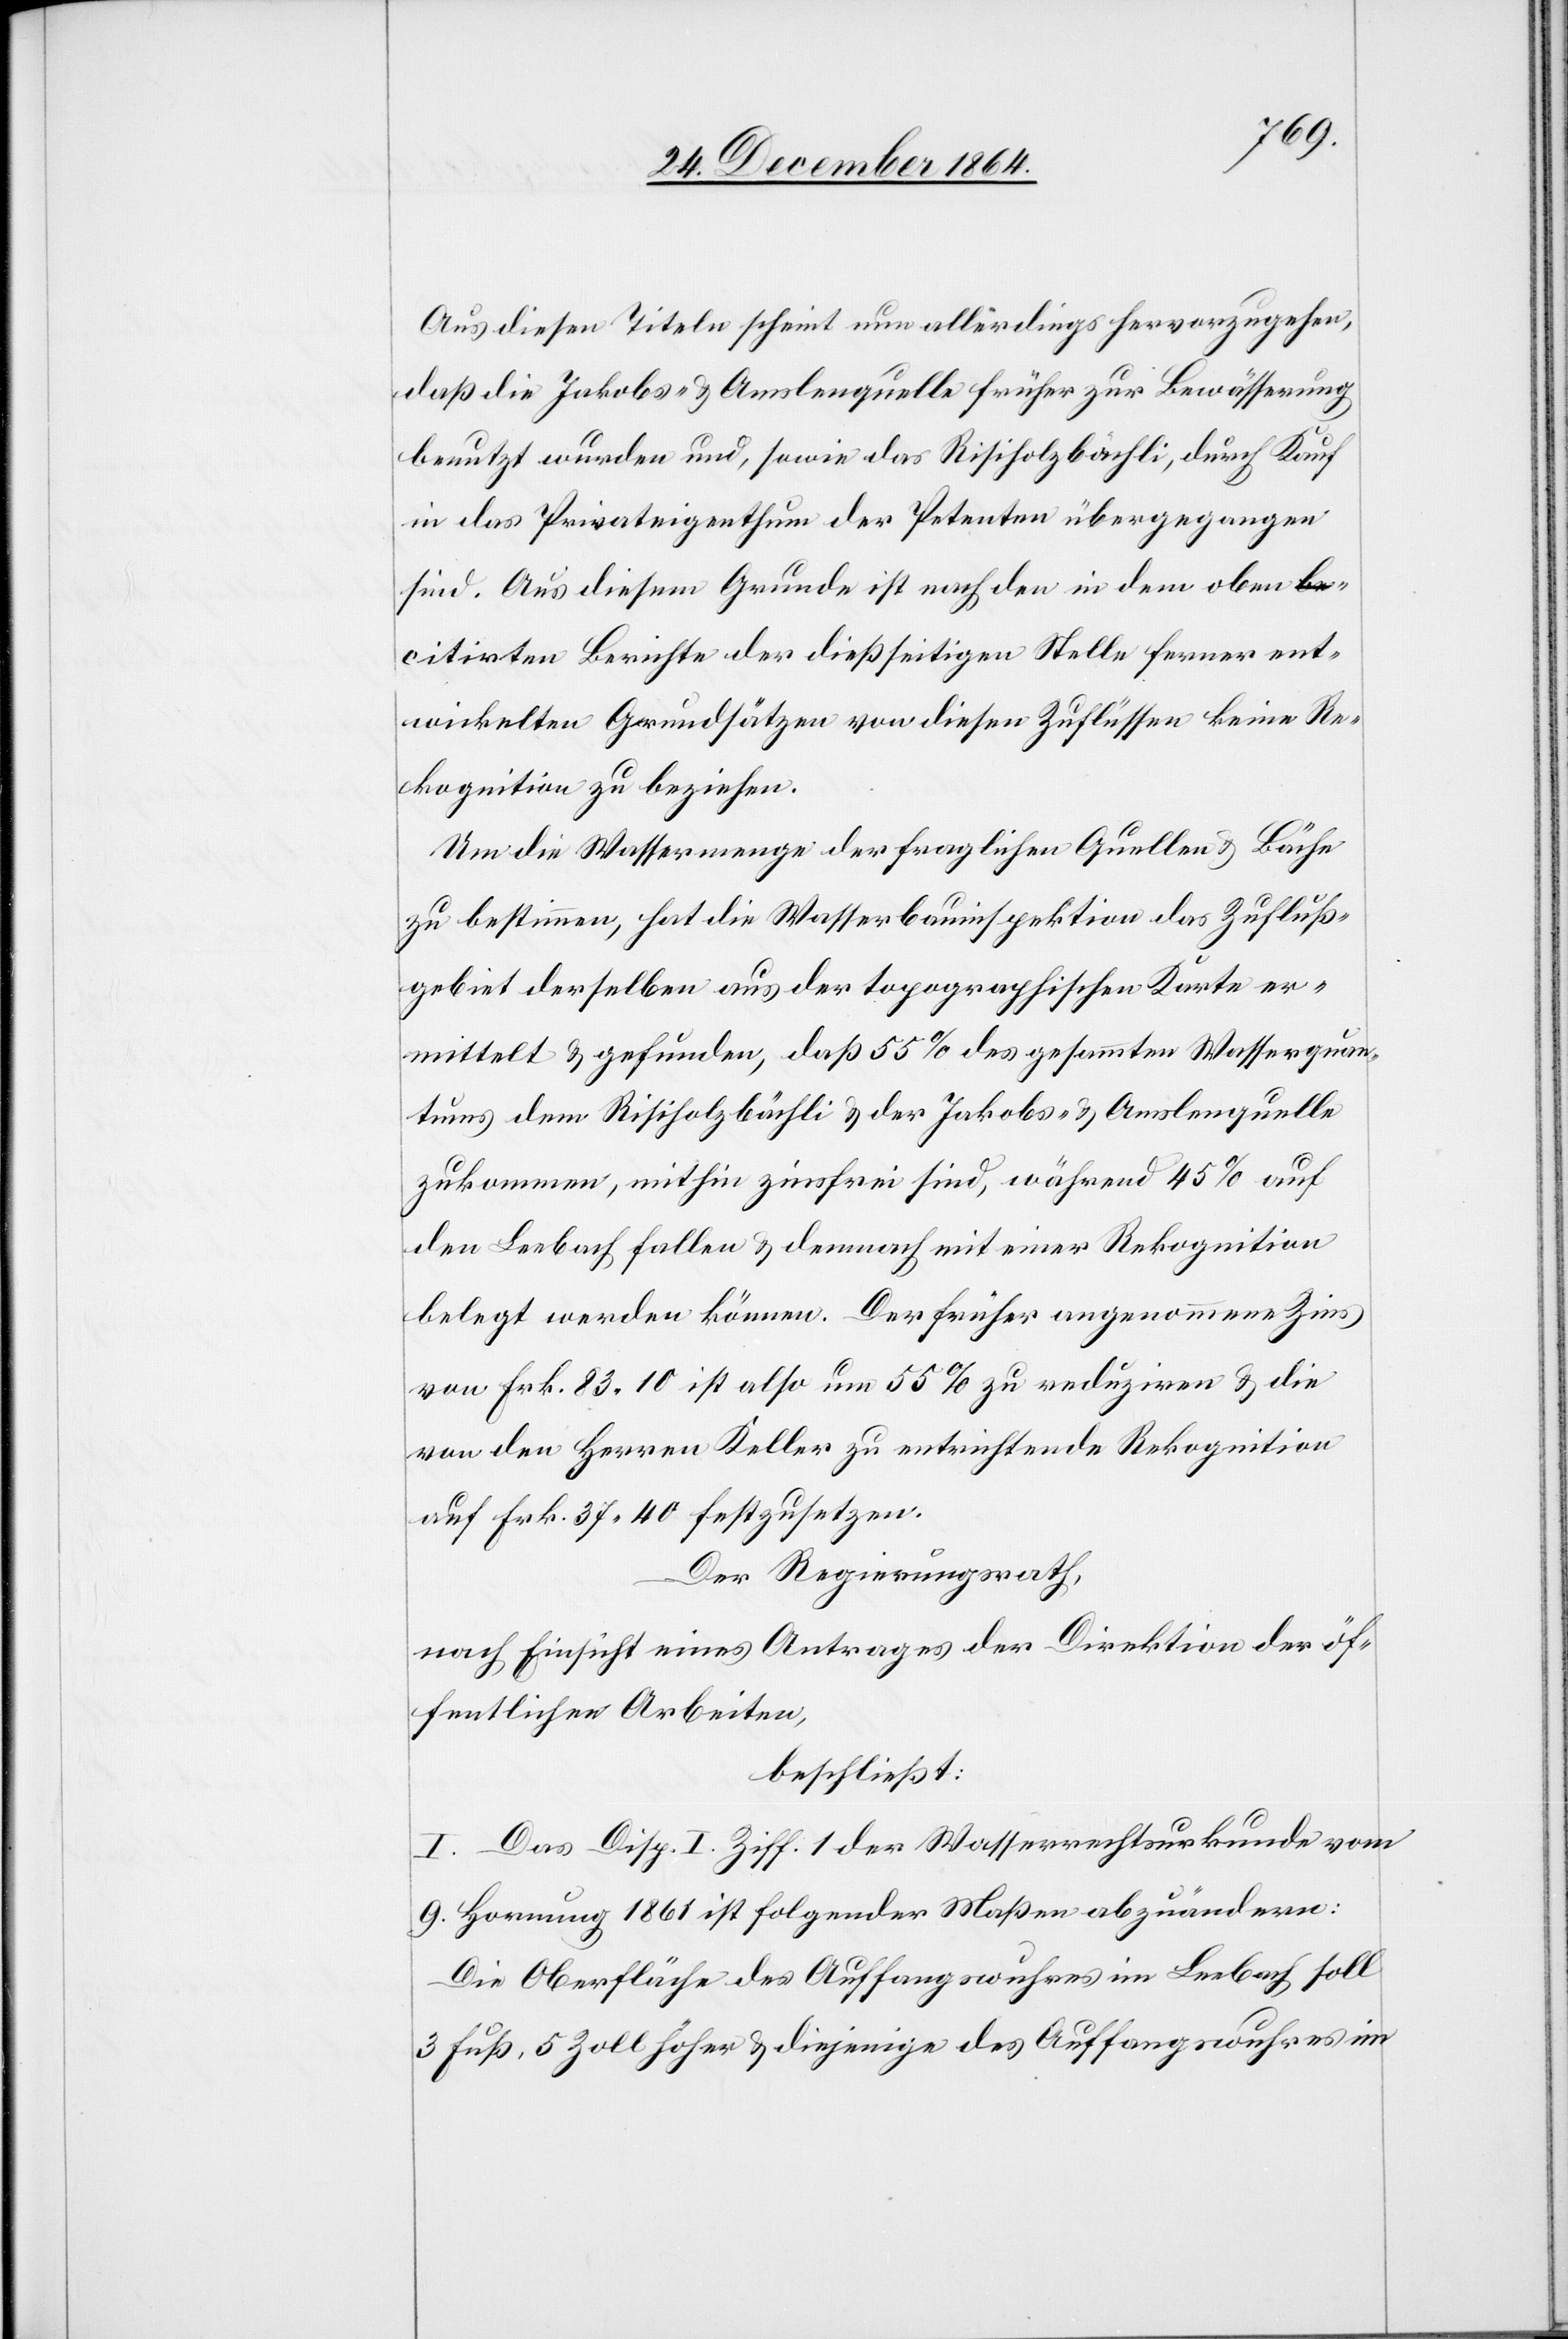
Aus diesen Titeln schein nun allerdings hervorzugehen,
daß die Jakobs- & Amslenquelle früher zur Bewässerung
benutzt wurden und, sowie das Risiholzbächli, durch Kauf
in das Privateigenthum der Petenten übergegangen
sind. Aus diesem Grunde ist nach den in dem oben c¬
itirten Berichte der dießseitigen Stelle ferner ent¬
wickelten Grundsätzen von diesen Zuflüssen keine Re¬
kognition zu beziehen.
Um die Wassermenge der fraglichen Quellen & Bäche
zu bestimmen, hat die Wasserbauinspektion das Zufluß¬
gebiet derselben aus der topographischen Karte er¬
mittelt & gefunden, daß 55% des gesammten Wasserquan¬
tums dem Risiholzbächli & der Jakobs- & Amslenquelle
zukommen, mithin zinsfrei sind, während 45% auf
den Leebach fallen & demnach mit einer Rekognition
belegt werden können. Der früher angenommene Zins
von Frk. 83.10 ist also um 55% zu reduziren & die
von den Herren Keller zu entrichtende Rekognition
auf Frk. 37.40 festzusetzen.
Der Regierungsrath,
nach Einsicht eines Antrages der Direktion der öf¬
fentlichen Arbeiten,
beschließt:
I. Das Disp. I Ziff. 1 der Wasserrechtsurkunde vom
9. Hornung 1861 ist folgender Maßen abzuändern:
Die Oberfläche des Auffangswuhres im Leebach soll
3 Fuß, 5 Zoll höher & diejenige des Auffangswuhres im